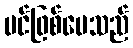
ပင်ဖြစ်ပေသည်